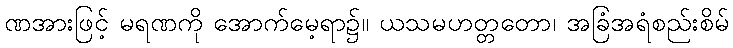
ဏအားဖြင့် မရဏကို အောက်မေ့ရာ၌။ ယသမဟတ္တတော၊ အခြံအရံစည်းစိမ်